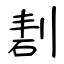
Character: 剨